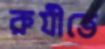
রুযীতে